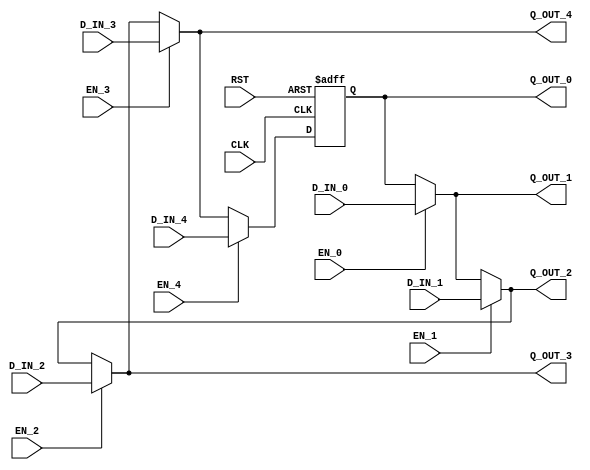

`ifdef BSV_ASSIGNMENT_DELAY
`else
  `define BSV_ASSIGNMENT_DELAY
`endif

`ifdef BSV_POSITIVE_RESET
  `define BSV_RESET_VALUE 1'b1
  `define BSV_RESET_EDGE posedge
`else
  `define BSV_RESET_VALUE 1'b0
  `define BSV_RESET_EDGE negedge
`endif


module CRegA5
         (CLK,
          RST,

	  // port 0 read
          Q_OUT_0,
	  // port 0 write
          EN_0, D_IN_0,

          // port 1 read
          Q_OUT_1,
	  // port 1 write
          EN_1, D_IN_1,

          // port 2 read
          Q_OUT_2,
	  // port 2 write
          EN_2, D_IN_2,

          // port 3 read
          Q_OUT_3,
	  // port 3 write
          EN_3, D_IN_3,

          // port 4 read
          Q_OUT_4,
	  // port 4 write
          EN_4, D_IN_4
         );

   parameter width = 1 ;
   parameter init  = { width {1'b0} } ;

   input  CLK ;
   input  RST ;

   output [width - 1 : 0]  Q_OUT_0 ;
   input                   EN_0 ;
   input  [width - 1 : 0]  D_IN_0 ;

   output [width - 1 : 0]  Q_OUT_1 ;
   input                   EN_1 ;
   input  [width - 1 : 0]  D_IN_1 ;

   output [width - 1 : 0]  Q_OUT_2 ;
   input                   EN_2 ;
   input  [width - 1 : 0]  D_IN_2 ;

   output [width - 1 : 0]  Q_OUT_3 ;
   input                   EN_3 ;
   input  [width - 1 : 0]  D_IN_3 ;

   output [width - 1 : 0]  Q_OUT_4 ;
   input                   EN_4 ;
   input  [width - 1 : 0]  D_IN_4 ;

   reg    [width - 1 : 0]  Q_OUT_0 ;
   wire   [width - 1 : 0]  Q_OUT_1 ;
   wire   [width - 1 : 0]  Q_OUT_2 ;
   wire   [width - 1 : 0]  Q_OUT_3 ;
   wire   [width - 1 : 0]  Q_OUT_4 ;
   wire   [width - 1 : 0]  Q_OUT_5 ;
   
   assign Q_OUT_1 = EN_0 ? D_IN_0 : Q_OUT_0 ;
   assign Q_OUT_2 = EN_1 ? D_IN_1 : Q_OUT_1 ;
   assign Q_OUT_3 = EN_2 ? D_IN_2 : Q_OUT_2 ;
   assign Q_OUT_4 = EN_3 ? D_IN_3 : Q_OUT_3 ;
   assign Q_OUT_5 = EN_4 ? D_IN_4 : Q_OUT_4 ;
   
   always@(posedge CLK or `BSV_RESET_EDGE RST)
     begin
        if (RST == `BSV_RESET_VALUE)
          Q_OUT_0 <= `BSV_ASSIGNMENT_DELAY init ;
        else
          Q_OUT_0 <= `BSV_ASSIGNMENT_DELAY Q_OUT_5 ;
     end

`ifdef BSV_NO_INITIAL_BLOCKS
`else // not BSV_NO_INITIAL_BLOCKS
   // synopsys translate_off
   initial begin
      Q_OUT_0 = {((width + 1)/2){2'b10}} ;
   end
   // synopsys translate_on
`endif // BSV_NO_INITIAL_BLOCKS

endmodule